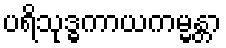
ပရိသုဒ္ဓကာယကမ္မန္တာ